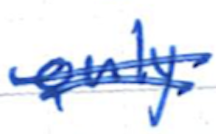
Text: only
Cross-out: double-line
Writing tool: ballpoint